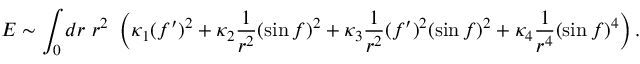
E \sim \int _ { 0 } d r ~ r ^ { 2 } ~ \left( \kappa _ { 1 } ( f ^ { \prime } ) ^ { 2 } + \kappa _ { 2 } \frac { 1 } { r ^ { 2 } } ( \sin f ) ^ { 2 } + \kappa _ { 3 } \frac { 1 } { r ^ { 2 } } ( f ^ { \prime } ) ^ { 2 } ( \sin f ) ^ { 2 } + \kappa _ { 4 } \frac { 1 } { r ^ { 4 } } ( \sin f ) ^ { 4 } \right) .